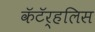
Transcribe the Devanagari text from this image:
कॅटॅर्‍हलिस